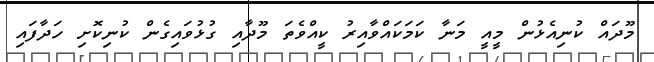
މޫދައް ކުނިއެޅުން މީއީ މަނާ ކަމަކައްވާއިރު ކީއްވެތަ މޫދާއި ގުޅުވައިގެން ކުނިކޮށި ހަދާފައި